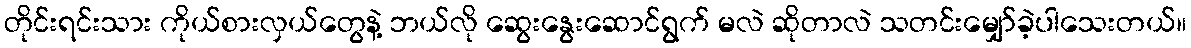
တိုင်းရင်းသား ကိုယ်စားလှယ်တွေနဲ့ ဘယ်လို ဆွေးနွေးဆောင်ရွက် မလဲ ဆိုတာလဲ သတင်းမျှော်ခဲ့ပါသေးတယ်။